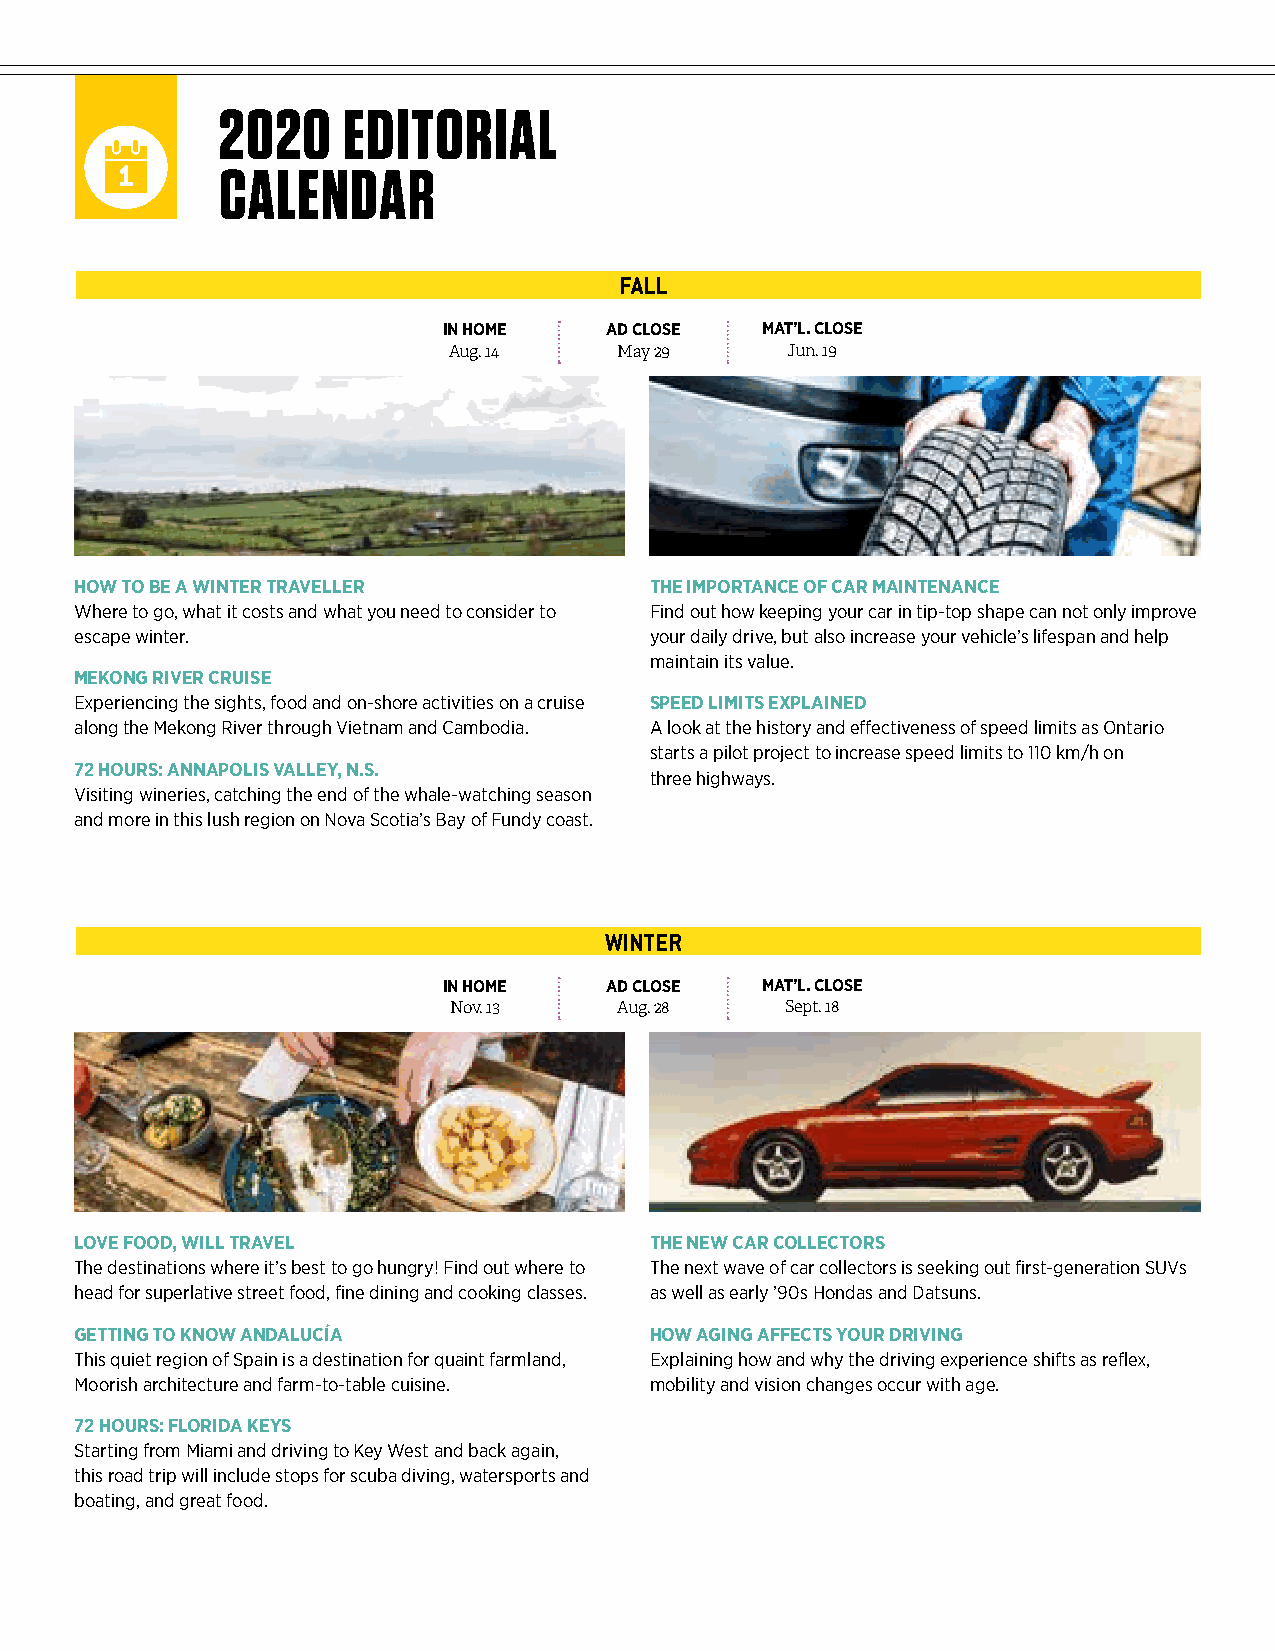
2020     EDITORIAL
 CALENDAR
 FALL
 IN HOME    AD CLOSE  MAT’L. CLOSE
 Aug. 14    May 29     Jun. 19
 HOW TO BE A WINTER TRAVELLER          THE IMPORTANCE OF CAR MAINTENANCE
 Where to go, what it costs and what you need to consider to Find out how keeping your car in tip-top shape can not only improve
 escape winter.                        your daily drive, but also increase your vehicle’s lifespan and help
 maintain its value.
 MEKONG RIVER CRUISE
 Experiencing the sights, food and on-shore activities on a cruise SPEED LIMITS EXPLAINED
 along the Mekong River through Vietnam and Cambodia. A look at the history and effectiveness of speed limits as Ontario
 starts a pilot project to increase speed limits to 110 km/h on
 72 HOURS: ANNAPOLIS VALLEY, N.S.
 three highways.
 Visiting wineries, catching the end of the whale-watching season
 and more in this lush region on Nova Scotia’s Bay of Fundy coast.
 WINTER
 IN HOME    AD CLOSE  MAT’L. CLOSE
 Nov. 13    Aug. 28    Sept. 18
 LOVE FOOD, WILL TRAVEL                THE NEW CAR COLLECTORS
 The destinations where it’s best to go hungry! Find out where to The next wave of car collectors is seeking out first-generation SUVs
 head for superlative street food, fine dining and cooking classes. as well as early ’90s Hondas and Datsuns.
 GETTING TO KNOW ANDALUCÍA             HOW AGING AFFECTS YOUR DRIVING
 This quiet region of Spain is a destination for quaint farmland, Explaining how and why the driving experience shifts as reflex,
 Moorish architecture and farm-to-table cuisine. mobility and vision changes occur with age.
 72 HOURS: FLORIDA KEYS
 Starting from Miami and driving to Key West and back again,
 this road trip will include stops for scuba diving, watersports and
 boating, and great food.